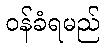
ဝန်ခံရမည်